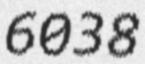
6038